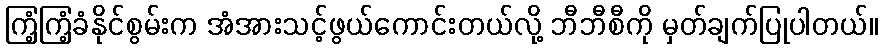
ကြံ့ကြံ့ခံနိုင်စွမ်းက အံအားသင့်ဖွယ်ကောင်းတယ်လို့ ဘီဘီစီကို မှတ်ချက်ပြုပါတယ်။